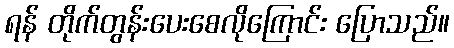
ရန် တိုက်တွန်းပေးစေလိုကြောင်း ပြောသည်။